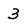
Character: 3